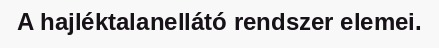
A hajléktalanellátó rendszer elemei.